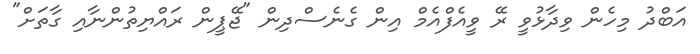
އަބްދު މިހެން ވިދާޅުވީ ރޭ ވީއެފްއެމް އިން ގެނެސްދިން "ޖޭޕީން ރައްޔިތުންނާއި ގާތަށް"